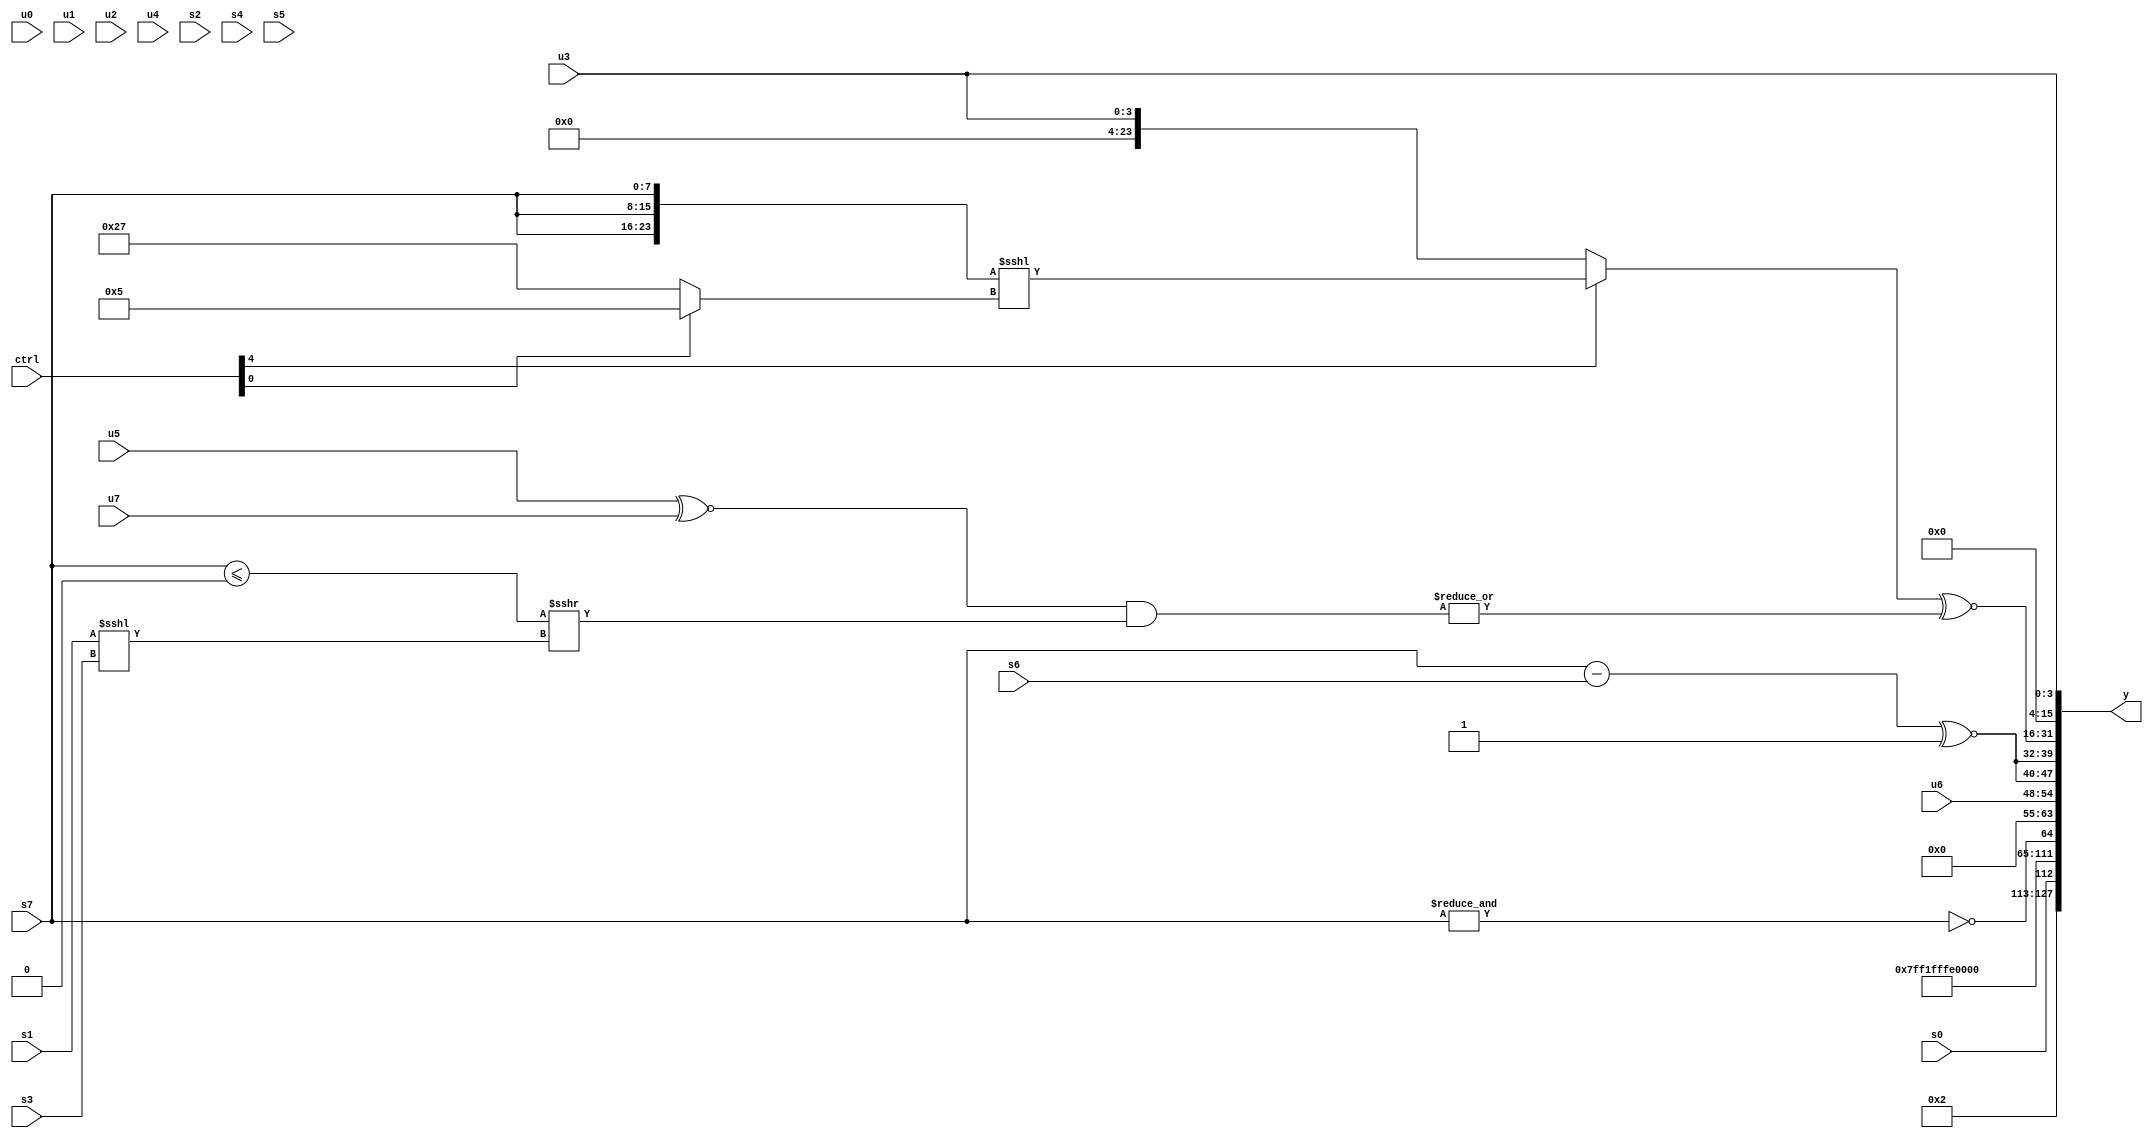
module wideexpr_00294(ctrl, u0, u1, u2, u3, u4, u5, u6, u7, s0, s1, s2, s3, s4, s5, s6, s7, y);
  input [7:0] ctrl;
  input [0:0] u0;
  input [1:0] u1;
  input [2:0] u2;
  input [3:0] u3;
  input [4:0] u4;
  input [5:0] u5;
  input [6:0] u6;
  input [7:0] u7;
  input signed [0:0] s0;
  input signed [1:0] s1;
  input signed [2:0] s2;
  input signed [3:0] s3;
  input signed [4:0] s4;
  input signed [5:0] s5;
  input signed [6:0] s6;
  input signed [7:0] s7;
  output [127:0] y;
  wire [15:0] y0;
  wire [15:0] y1;
  wire [15:0] y2;
  wire [15:0] y3;
  wire [15:0] y4;
  wire [15:0] y5;
  wire [15:0] y6;
  wire [15:0] y7;
  assign y = {y0,y1,y2,y3,y4,y5,y6,y7};
  assign y0 = {3'sb010,s0};
  assign y1 = 6'sb100011;
  assign y2 = 3'sb100;
  assign y3 = +(~|(&(s7)));
  assign y4 = u6;
  assign y5 = {3{($unsigned($signed(((s7)-(s6))^~(1'sb1))))>>>($unsigned(4'sb0000))}};
  assign y6 = ((ctrl[4]?($signed({3{+(s7)}}))<<<((ctrl[0]?({3'sb101})<<<((4'sb0100)>>(3'sb111)):$unsigned(6'sb100111))):u3))^~(|($signed(({(u5)^~(u7)})&(((s7)<=(1'sb0))>>>((s1)<<<(s3))))));
  assign y7 = u3;
endmodule